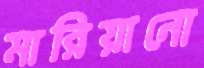
মারিয়ানো